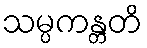
သမ္ပကန္တတိ